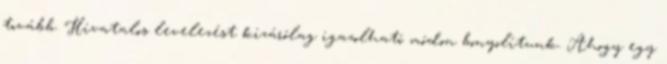
tovább. Hivatalos levelezést kizárólag igazolható módon bonyolítunk. Ahogy egy